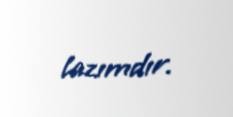
lazımdır.